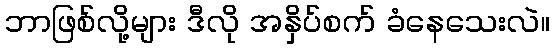
ဘာဖြစ်လို့များ ဒီလို အနှိပ်စက် ခံနေသေးလဲ။